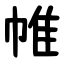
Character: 帷